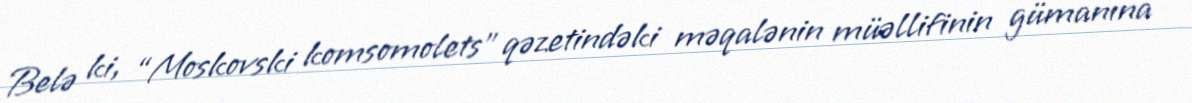
Belə ki, “Moskovski komsomolets” qəzetindəki məqalənin müəllifinin gümanına